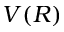
V ( R )